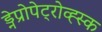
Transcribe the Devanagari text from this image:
ड्नेप्रोपेट्रोव्ह्स्क